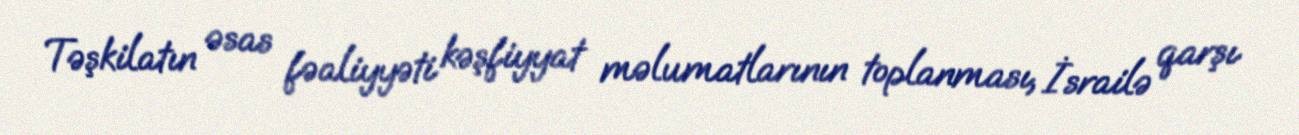
Təşkilatın əsas fəaliyyəti kəşfiyyat məlumatlarının toplanması, İsrailə qarşı